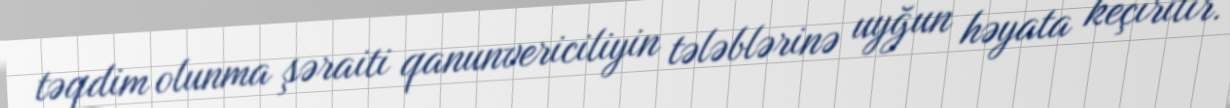
təqdim olunma şəraiti qanunvericiliyin tələblərinə uyğun həyata keçirilir.